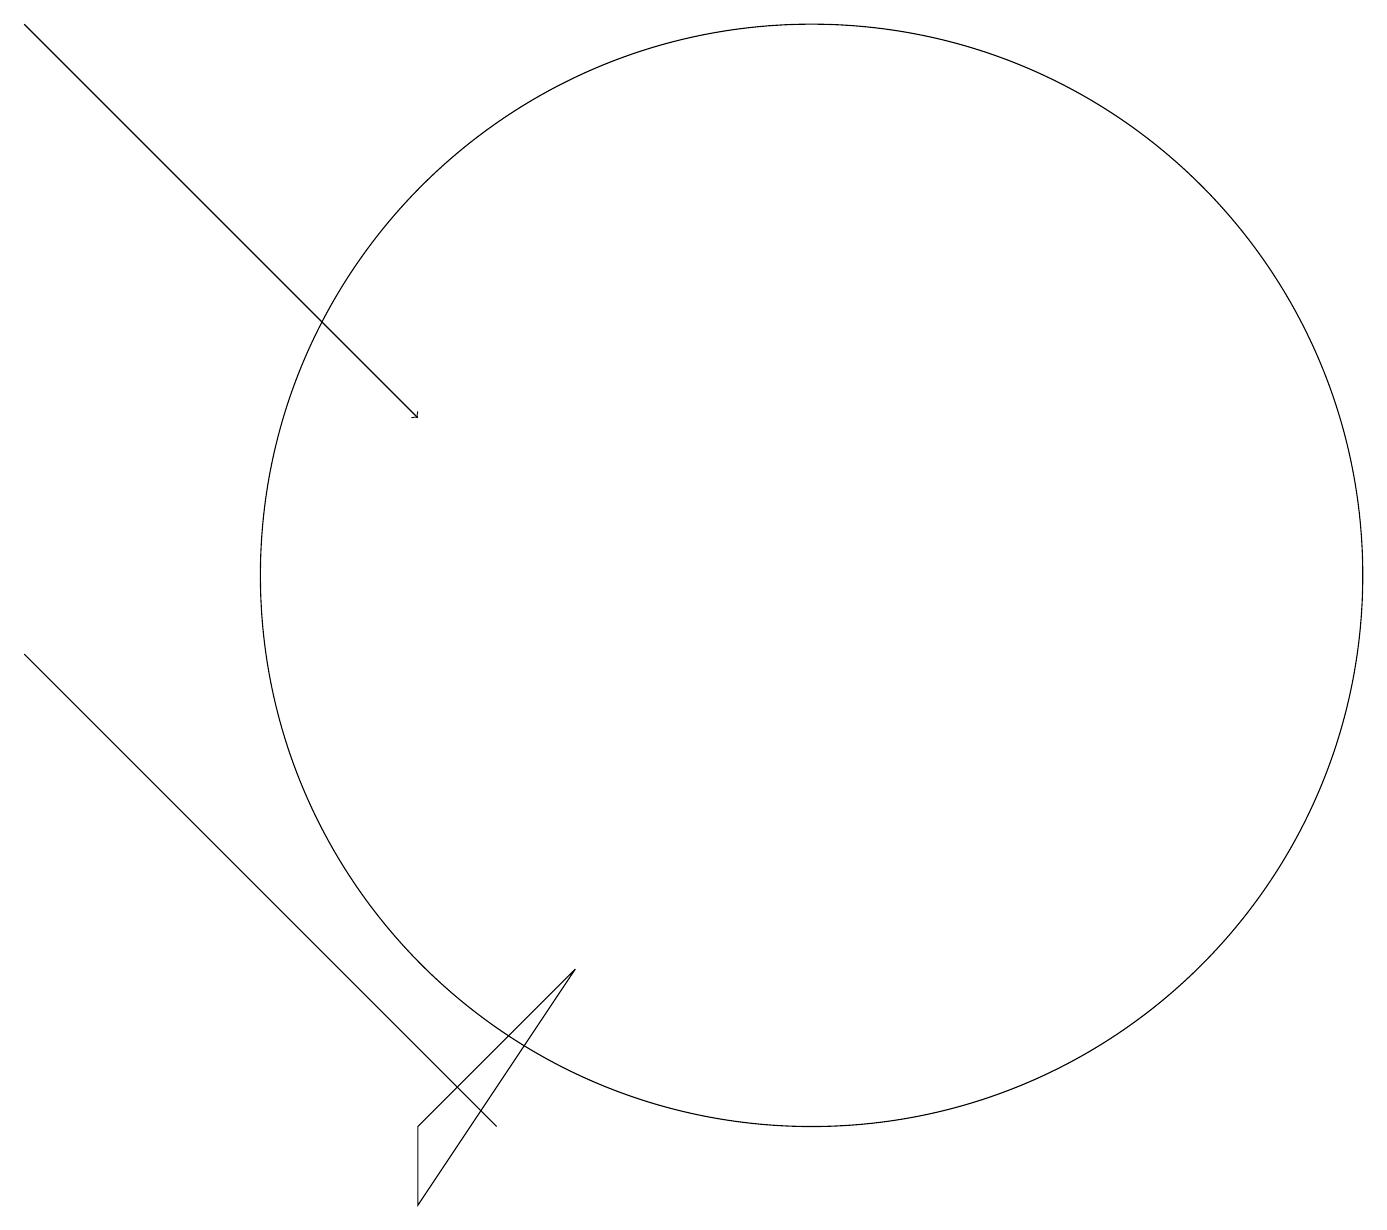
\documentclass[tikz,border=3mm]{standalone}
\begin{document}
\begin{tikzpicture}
\draw (5,3) -- (7,5) -- (5,2) -- cycle;
\draw[->] (0,17) -- (5,12);
\draw (6,3) -- (6,3) -- (0,9) -- cycle;
\draw (10,10) circle (7);
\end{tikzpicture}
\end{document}